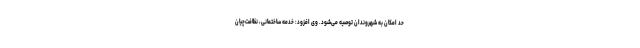
حد امکان به شهروندان توصیه می‌شود. وی افزود: خدمه ساختمانی، نظافت‌چیان